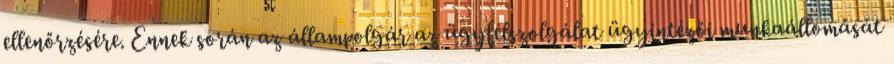
ellenőrzésére. Ennek során az állampolgár az ügyfélszolgálat ügyintézői munkaállomását